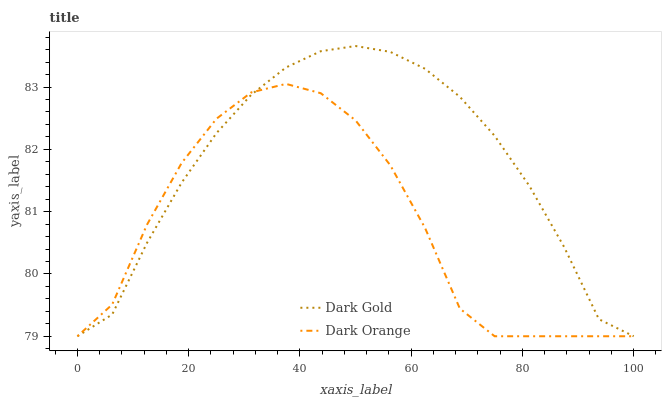
| xaxis_label | Dark Gold | Dark Orange |
 | --- | --- | --- |
 | 0 | 79 | 79 |
 | 6.25 | 79.3 | 79.5 |
 | 12.5 | 80.5 | 80.8 |
 | 18.8 | 81.5 | 81.8 |
 | 25 | 82.3 | 82.5 |
 | 31.2 | 82.9 | 82.9 |
 | 37.5 | 83.3 | 83.1 |
 | 43.8 | 83.6 | 82.9 |
 | 50 | 83.7 | 82.5 |
 | 56.2 | 83.6 | 81.7 |
 | 62.5 | 83.3 | 80.7 |
 | 68.8 | 82.8 | 79.4 |
 | 75 | 82.2 | 79 |
 | 81.2 | 81.4 | 79 |
 | 87.5 | 80.4 | 79 |
 | 93.8 | 79.3 | 79 |
 | 100 | 79 | 79 |